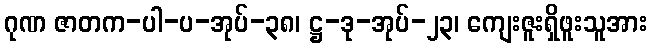
ဂုဏ ဇာတက-ပါ-ပ-အုပ်-၃၈၊ ဋ္ဌ-ဒု-အုပ်-၂၃၊ ကျေးဇူးရှိဖူးသူအား